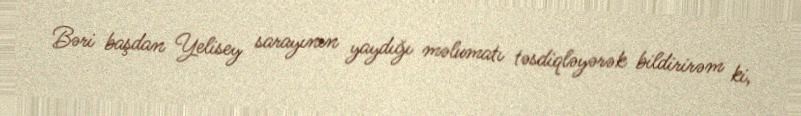
Bəri başdan Yelisey sarayının yaydığı məlumatı təsdiqləyərək bildirirəm ki,